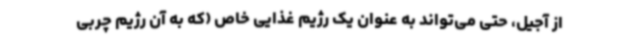
از آجیل، حتی می‌تواند به عنوان یک رژیم غذایی خاص (که به آن رژیم چربی